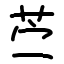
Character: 苎